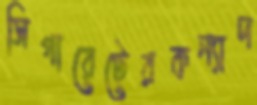
সিগারেটেরকন্যাদ